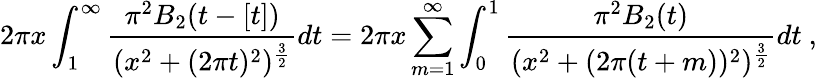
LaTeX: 2\pi x\int_{1}^{\infty}{\frac{\pi^{2}B_{2}(t-[t])}{(x^{2}+(2\pi t)^{2})^{{\frac{3}{2}}}}}dt=2\pi x\sum_{m=1}^{\infty}\int_{0}^{1}{\frac{\pi^{2}B_{2}(t)}{(x^{2}+(2\pi(t+m))^{2})^{{\frac{3}{2}}}}}dt\ ,